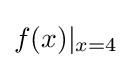
f(x)|_{x=4}